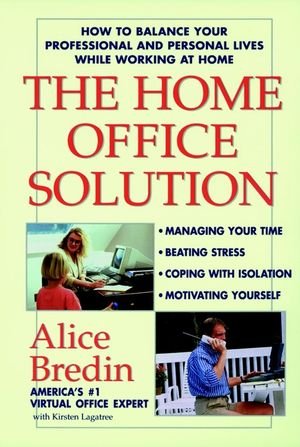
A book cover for The Home Office Solution: How to Balance Your Professional and Personal Lives While Working at Home; Alice Bredin; Business & Money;